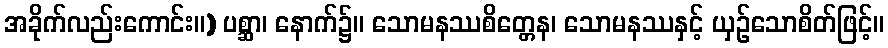
အခိုက်လည်းကောင်း။) ပစ္ဆာ၊ နောက်၌။ သောမနဿစိတ္တေန၊ သောမနဿနှင့် ယှဉ်သောစိတ်ဖြင့်။